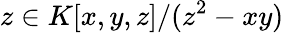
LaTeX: z\in K[x,y,z]/(z^{2}-xy)